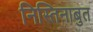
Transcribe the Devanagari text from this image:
निस्तिनाबुत